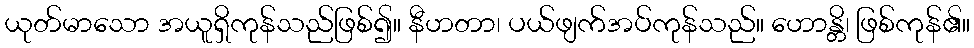
ယုတ်မာသော အယူရှိကုန်သည်ဖြစ်၍။ နီဟတာ၊ ပယ်ဖျက်အပ်ကုန်သည်။ ဟောန္တိ၊ ဖြစ်ကုန်၏။